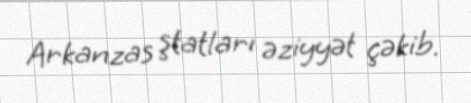
Arkanzas ştatları əziyyət çəkib.